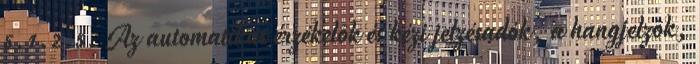
5.1.2.5. Az automatikus érzékelõk és kézi jelzésadók, a hangjelzõk,